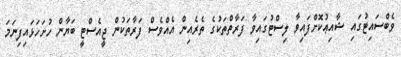
ވެބްސައިޓުގައި ޝާއިޢުކޮށްފައިވާ ލިސްޓުގައިވާ ފަރާތްތަކުގެ ތެރެއިން އެއްވެސް ފަރާތަކުން ޖީއެސްޓީ ބަޔާން ހުށަހަޅައިފިނަމަ